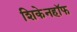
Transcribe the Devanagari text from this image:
शिकेनहॉफ